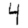
Digit: 4